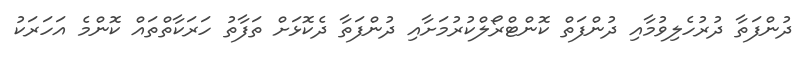
ދުންފަތާ ދުރުހެލިވުމާއި ދުންފަތް ކޮންޓްރޯލްކުރުމަށާއި ދުންފަތާ ދެކޮޅަށް ތަފާތު ހަރަކާތްތައް ކޮންމެ އަހަރަކު